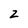
Character: 2